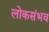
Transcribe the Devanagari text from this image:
लोकसंभव